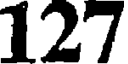
127